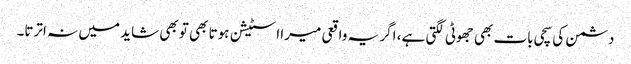
دشمن کی سچی بات بھی جھوٹی لگتی ہے، اگر یہ واقعی میرا اسٹیشن ہوتا بھی تو بھی شاید میں نہ اترتا۔